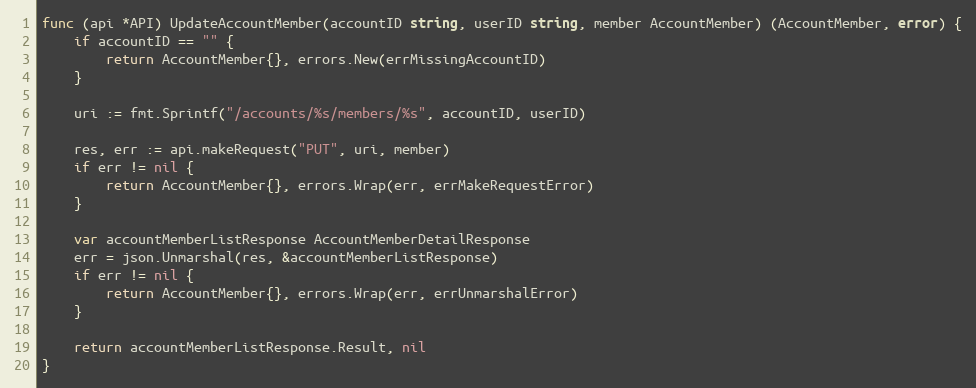
Language: Go
func (api *API) UpdateAccountMember(accountID string, userID string, member AccountMember) (AccountMember, error) {
	if accountID == "" {
		return AccountMember{}, errors.New(errMissingAccountID)
	}

	uri := fmt.Sprintf("/accounts/%s/members/%s", accountID, userID)

	res, err := api.makeRequest("PUT", uri, member)
	if err != nil {
		return AccountMember{}, errors.Wrap(err, errMakeRequestError)
	}

	var accountMemberListResponse AccountMemberDetailResponse
	err = json.Unmarshal(res, &accountMemberListResponse)
	if err != nil {
		return AccountMember{}, errors.Wrap(err, errUnmarshalError)
	}

	return accountMemberListResponse.Result, nil
}